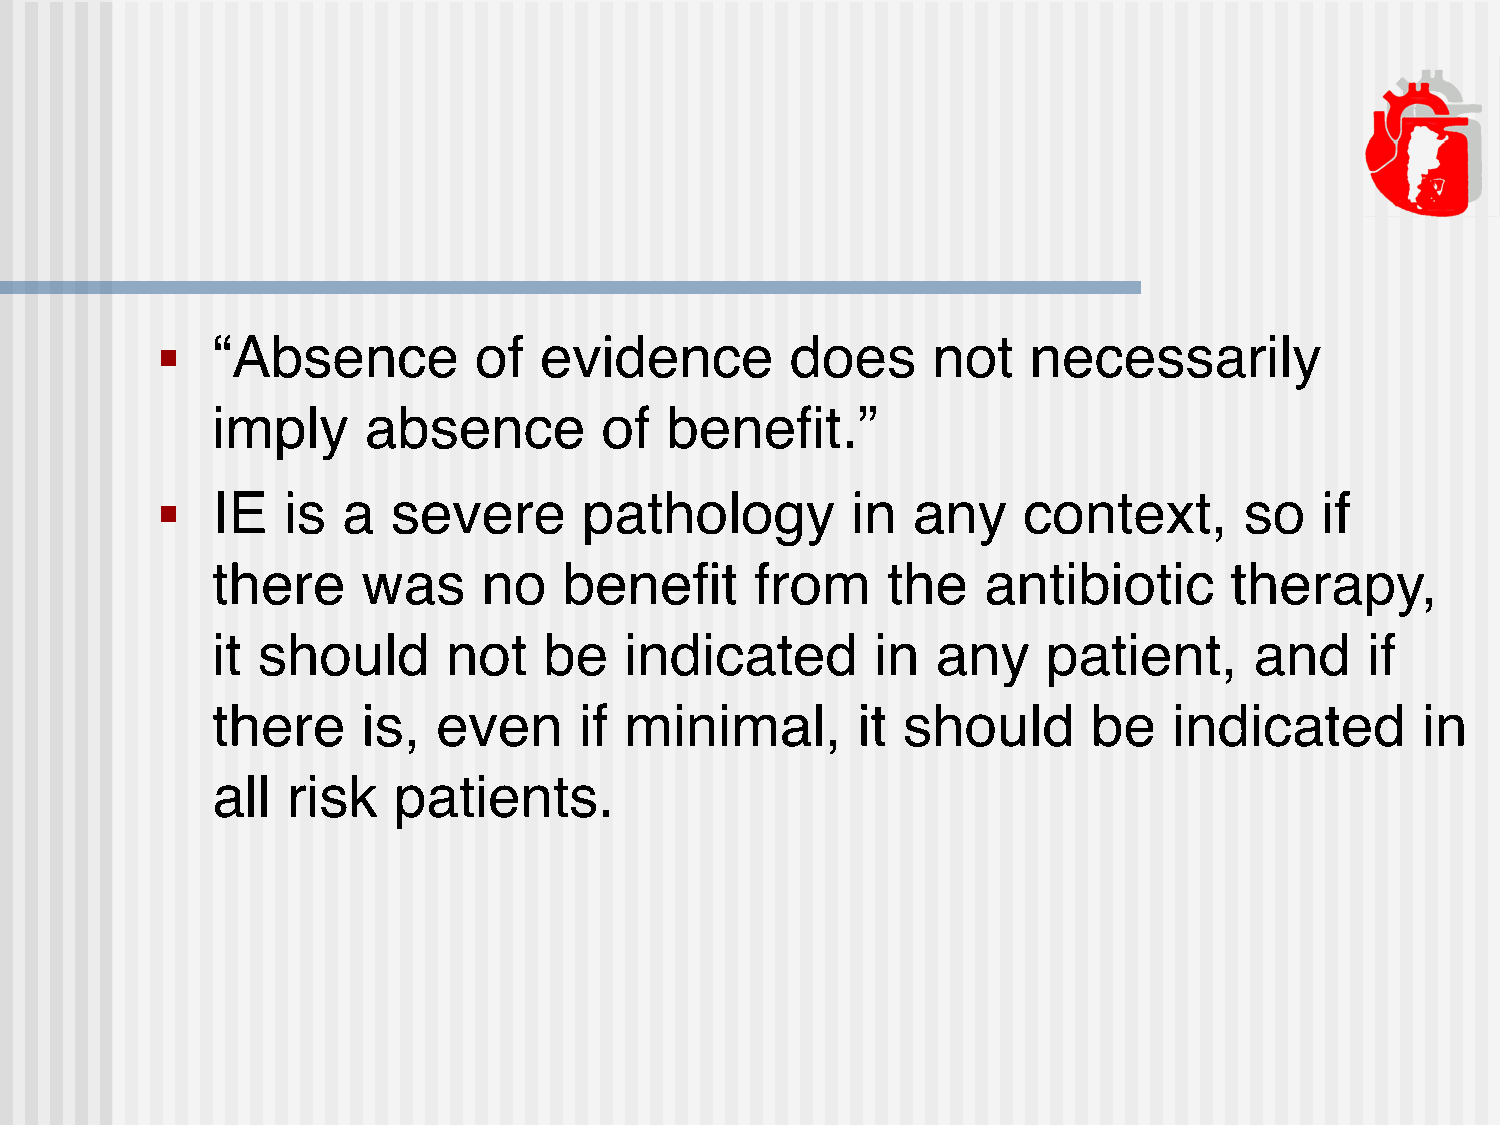
■   “Absence         of   evidence        does      not   necessarily
 imply     absence         of  benefit.”
 ■   IE   is  a  severe       pathology        in  any     context,      so   if
 there     was     no   benefit      from     the   antibiotic      therapy,
 it should       not   be   indicated        in  any    patient,      and     if
 there     is,  even     if minimal,        it should      be    indicated       in
 all  risk   patients.